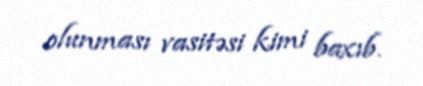
olunması vasitəsi kimi baxıb.